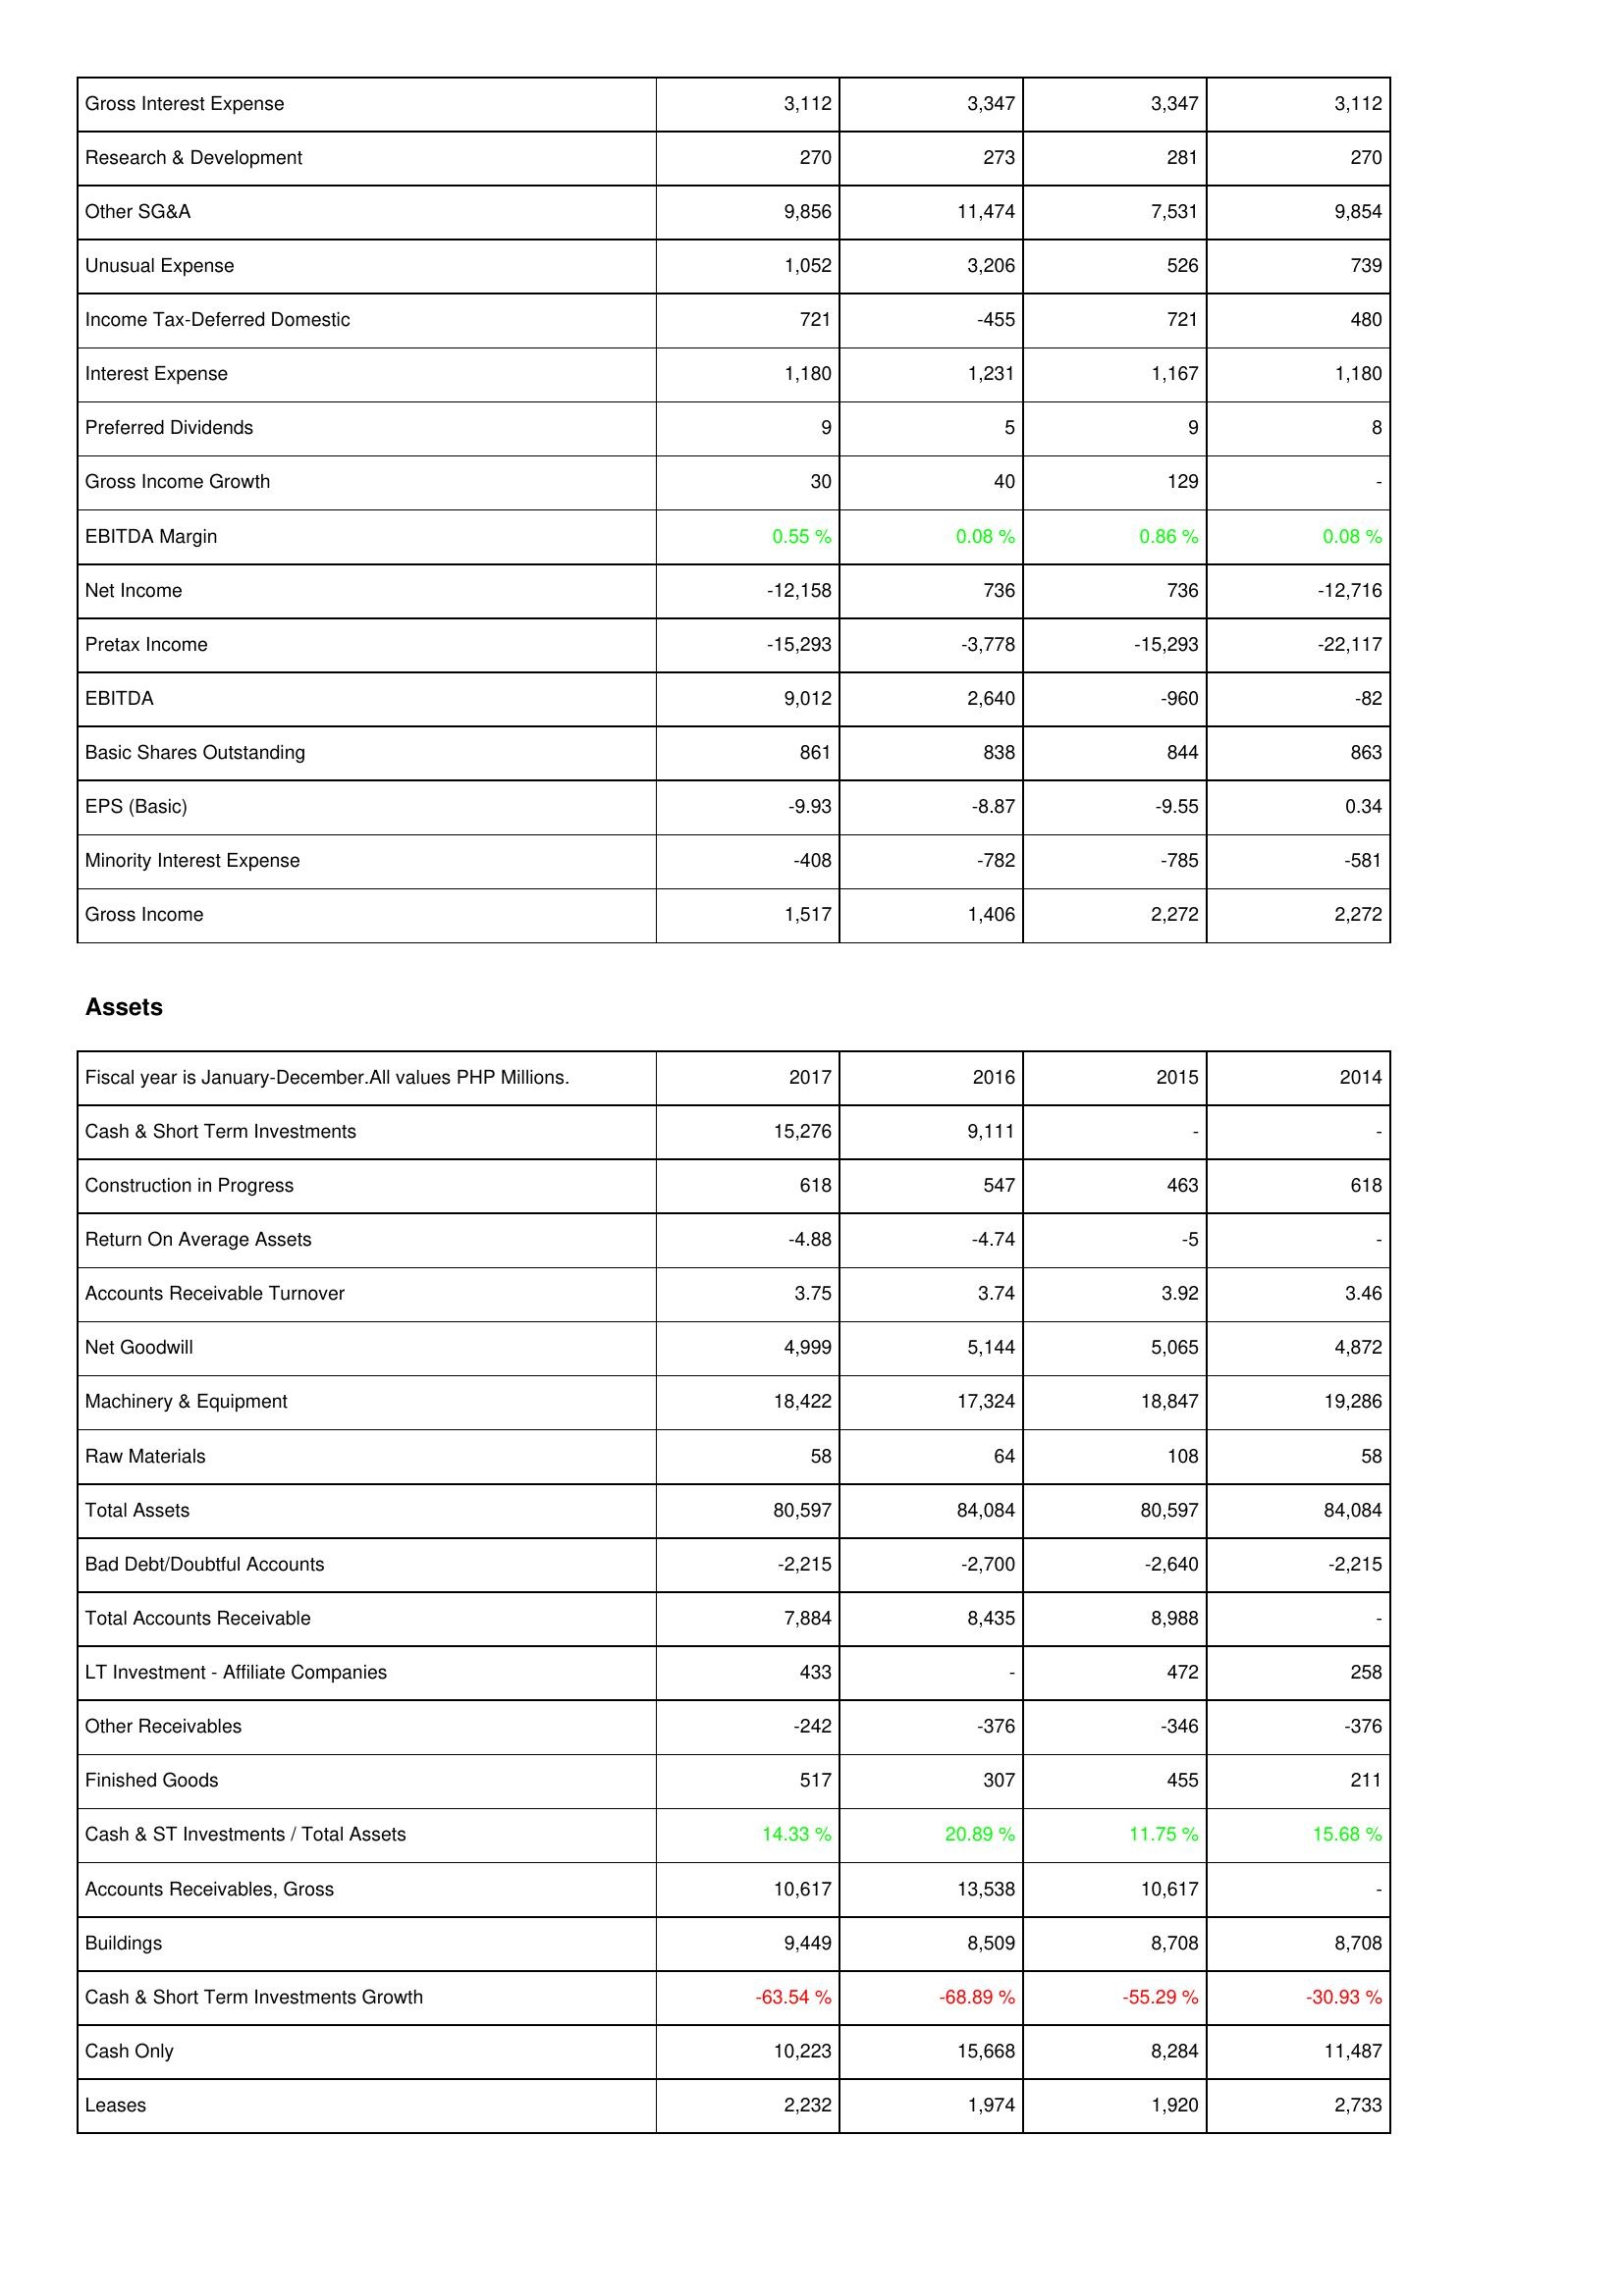
2017: Income Statement: Gross Interest Expense: 3,112
Research & Development: 270
Other SG&A: 9,856
Unusual Expense: 1,052
Income Tax-Deferred Domestic: 721
Interest Expense: 1,180
Preferred Dividends: 9
Gross Income Growth: 30
EBITDA Margin: 0.55 %
Net Income: -12,158
Pretax Income: -15,293
EBITDA: 9,012
Basic Shares Outstanding: 861
EPS (Basic): -9.93
Minority Interest Expense: -408
Gross Income: 1,517
Assets: Cash & Short Term Investments: 15,276
Construction in Progress: 618
Return On Average Assets: -4.88
Accounts Receivable Turnover: 3.75
Net Goodwill: 4,999
Machinery & Equipment: 18,422
Raw Materials: 58
Total Assets: 80,597
Bad Debt/Doubtful Accounts: -2,215
Total Accounts Receivable: 7,884
LT Investment - Affiliate Companies: 433
Other Receivables: -242
Finished Goods: 517
Cash & ST Investments / Total Assets: 14.33 %
Accounts Receivables, Gross: 10,617
Buildings: 9,449
Cash & Short Term Investments Growth: -63.54 %
Cash Only: 10,223
Leases: 2,232
2016: Income Statement: Gross Interest Expense: 3,347
Research & Development: 273
Other SG&A: 11,474
Unusual Expense: 3,206
Income Tax-Deferred Domestic: -455
Interest Expense: 1,231
Preferred Dividends: 5
Gross Income Growth: 40
EBITDA Margin: 0.08 %
Net Income: 736
Pretax Income: -3,778
EBITDA: 2,640
Basic Shares Outstanding: 838
EPS (Basic): -8.87
Minority Interest Expense: -782
Gross Income: 1,406
Assets: Cash & Short Term Investments: 9,111
Construction in Progress: 547
Return On Average Assets: -4.74
Accounts Receivable Turnover: 3.74
Net Goodwill: 5,144
Machinery & Equipment: 17,324
Raw Materials: 64
Total Assets: 84,084
Bad Debt/Doubtful Accounts: -2,700
Total Accounts Receivable: 8,435
LT Investment - Affiliate Companies: -
Other Receivables: -376
Finished Goods: 307
Cash & ST Investments / Total Assets: 20.89 %
Accounts Receivables, Gross: 13,538
Buildings: 8,509
Cash & Short Term Investments Growth: -68.89 %
Cash Only: 15,668
Leases: 1,974
2015: Income Statement: Gross Interest Expense: 3,347
Research & Development: 281
Other SG&A: 7,531
Unusual Expense: 526
Income Tax-Deferred Domestic: 721
Interest Expense: 1,167
Preferred Dividends: 9
Gross Income Growth: 129
EBITDA Margin: 0.86 %
Net Income: 736
Pretax Income: -15,293
EBITDA: -960
Basic Shares Outstanding: 844
EPS (Basic): -9.55
Minority Interest Expense: -785
Gross Income: 2,272
Assets: Cash & Short Term Investments: -
Construction in Progress: 463
Return On Average Assets: -5
Accounts Receivable Turnover: 3.92
Net Goodwill: 5,065
Machinery & Equipment: 18,847
Raw Materials: 108
Total Assets: 80,597
Bad Debt/Doubtful Accounts: -2,640
Total Accounts Receivable: 8,988
LT Investment - Affiliate Companies: 472
Other Receivables: -346
Finished Goods: 455
Cash & ST Investments / Total Assets: 11.75 %
Accounts Receivables, Gross: 10,617
Buildings: 8,708
Cash & Short Term Investments Growth: -55.29 %
Cash Only: 8,284
Leases: 1,920
2014: Income Statement: Gross Interest Expense: 3,112
Research & Development: 270
Other SG&A: 9,854
Unusual Expense: 739
Income Tax-Deferred Domestic: 480
Interest Expense: 1,180
Preferred Dividends: 8
Gross Income Growth: -
EBITDA Margin: 0.08 %
Net Income: -12,716
Pretax Income: -22,117
EBITDA: -82
Basic Shares Outstanding: 863
EPS (Basic): 0.34
Minority Interest Expense: -581
Gross Income: 2,272
Assets: Cash & Short Term Investments: -
Construction in Progress: 618
Return On Average Assets: -
Accounts Receivable Turnover: 3.46
Net Goodwill: 4,872
Machinery & Equipment: 19,286
Raw Materials: 58
Total Assets: 84,084
Bad Debt/Doubtful Accounts: -2,215
Total Accounts Receivable: -
LT Investment - Affiliate Companies: 258
Other Receivables: -376
Finished Goods: 211
Cash & ST Investments / Total Assets: 15.68 %
Accounts Receivables, Gross: -
Buildings: 8,708
Cash & Short Term Investments Growth: -30.93 %
Cash Only: 11,487
Leases: 2,733